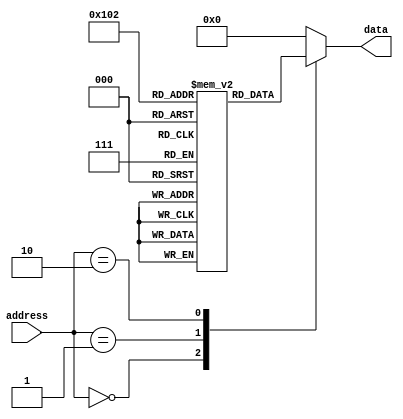
module ROM (
    input wire [7:0] address,  // Input address to select data output
    output reg [7:0] data       // Output data
);

reg [7:0] memory [0:255];  // Array of flip-flops to store data

initial begin
    // Initialize ROM memory with desired data values
    memory[0] = 8'hFF;
    memory[1] = 8'hA5;
    memory[2] = 8'h3C;
    // Add more initializations as needed
end

always @* begin
    // Decode input address to select corresponding data output
    case(address)
        8'h00: data <= memory[0];
        8'h01: data <= memory[1];
        8'h02: data <= memory[2];
        // Add more cases as needed
        default: data <= 8'h00;  // Default output if address not found
    endcase
end

endmodule